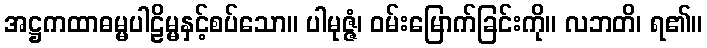
အဋ္ဌကထာဓမ္မပါဠိမ္မနှင့်စပ်သော။ ပါမုဇ္ဇံ၊ ဝမ်းမြောက်ခြင်းကို။ လဘတိ၊ ရ၏။